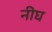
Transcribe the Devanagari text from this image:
नीघ